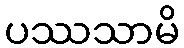
ပဿသာမိ